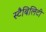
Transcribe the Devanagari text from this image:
स्टैबिलिटी